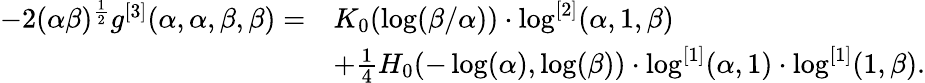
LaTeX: \begin{array}{rl}{-2(\alpha\beta)^{\frac 12}g^{[3]}(\alpha,\alpha,\beta,\beta)=}&{K_{0}(\log(\beta/\alpha))\cdot\log^{[2]}(\alpha,1,\beta)}\\ &{+\frac 14H_{0}(-\log(\alpha),\log(\beta))\cdot\log^{[1]}(\alpha,1)\cdot\log^{[1]}(1,\beta).}\end{array}